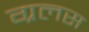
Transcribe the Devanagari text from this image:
ग्रलस